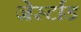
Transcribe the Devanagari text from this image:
जेर्स्टाड